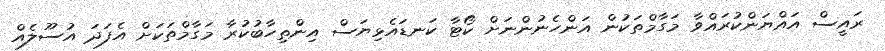
ރައީސް އައްޔަންކުރައްވާ މަގާމްތަކުން އަންހެނުންނަށް ކޯޓާ ކަނޑައެޅިޔަސް އިންތިހާބުކުރާ މަގާމްތަކަށް އެފަދަ އުސޫލެއް